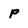
Character: P